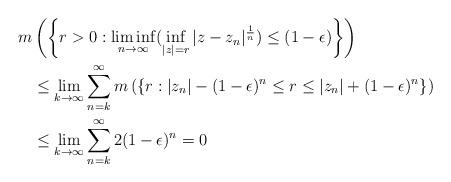
LaTeX: \begin{align*}m&\left(\left\{r>0 :\liminf\limits_{n \rightarrow \infty}(\inf\limits_{|z|=r}|z-z_n|^\frac{1}{n}) \leq (1-\epsilon)\right\}\right)\\ & \leq \lim\limits_{k\rightarrow \infty } \sum_{n=k}^{\infty}m\left(\left\{r:|z_n|-(1-\epsilon)^{n} \leq r \leq |z_n|+(1-\epsilon)^n\right\}\right)\\& \leq \lim\limits_{k \rightarrow \infty } \sum_{n=k}^{\infty} 2(1-\epsilon)^n = 0\end{align*}